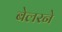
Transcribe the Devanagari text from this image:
बेलरने